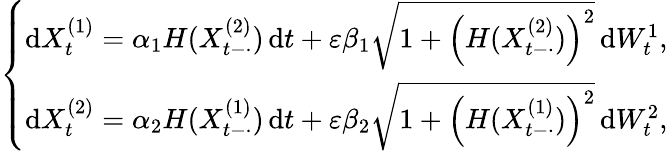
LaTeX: \left\{ \begin{array}{r}{\mathrm{d}X_{t}^{(1)}=\alpha_{1}H(X_{t-\cdot}^{(2)})\, \mathrm{d}t+\varepsilon\beta_{1}\sqrt{1+\left(H(X_{t-\cdot}^{(2)})\right)^{2}}\, \mathrm{d}W_{t}^{1},}\\ {\mathrm{d}X_{t}^{(2)}=\alpha_{2}H(X_{t-\cdot}^{(1)})\, \mathrm{d}t+\varepsilon\beta_{2}\sqrt{1+\left(H(X_{t-\cdot}^{(1)})\right)^{2}}\, \mathrm{d}W_{t}^{2},}\end{array}\right.